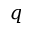
q